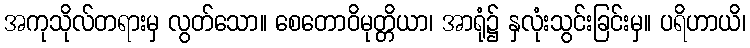
အကုသိုလ်တရားမှ လွတ်သော။ စေတောဝိမုတ္တိယာ၊ အာရုံ၌ နှလုံးသွင်းခြင်းမှ။ ပရိဟာယိ၊